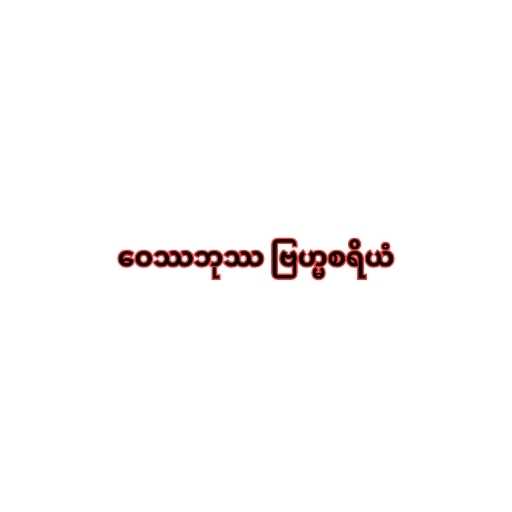
ဝေဿဘုဿ ဗြဟ္မစရိယံ